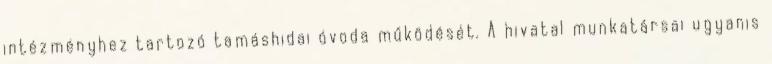
intézményhez tartozó tamáshidai óvoda működését. A hivatal munkatársai ugyanis